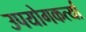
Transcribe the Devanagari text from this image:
उपयोगकर्त्या